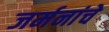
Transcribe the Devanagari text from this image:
जर्मनांचे